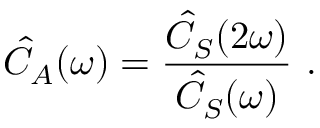
\hat { C } _ { A } ( \omega ) = \frac { \hat { C } _ { S } ( 2 \omega ) } { \hat { C } _ { S } ( \omega ) } \ .